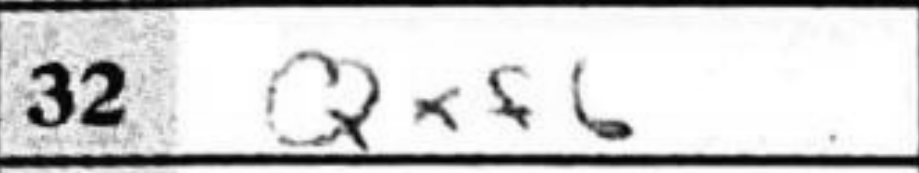
Transcription: Qxf6